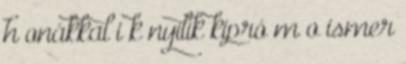
h onákkal i k nyílik kipró m o ismer